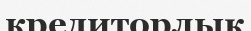
кредиторлық